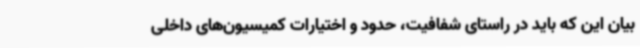
بیان این که باید در راستای شفافیت، حدود و اختیارات کمیسیون‌های داخلی